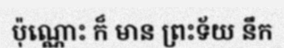
ប៉ុណ្ណោះ ក៏ មាន ព្រះទ័យ នឹក